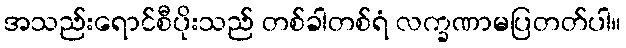
အသည်းရောင်စီပိုးသည် တစ်ခါတစ်ရံ လက္ခဏာမပြတတ်ပါ။